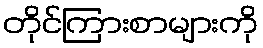
တိုင်ကြားစာများကို